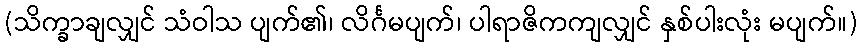
(သိက္ခာချလျှင် သံဝါသ ပျက်၏၊ လိင်္ဂမပျက်၊ ပါရာဇိကကျလျှင် နှစ်ပါးလုံး မပျက်။)